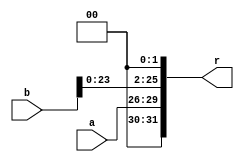
`timescale 1ns / 1ps
//////////////////////////////////////////////////////////////////////////////////
// Company: 
// Engineer: 
// 
// Design Name: 
// Module Name: ii
// Project Name: 
// Target Devices: 
// Tool Versions: 
// Description: 
// 
// Dependencies: 
// 
// Revision:
// Revision 0.01 - File Created
// Additional Comments:
// 
//////////////////////////////////////////////////////////////////////////////////


module ii
(
input [3:0] a,
input [25:0] b,
output [31:0] r
);
assign r = {a, b<<2};
endmodule